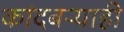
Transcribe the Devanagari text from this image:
कांदबऱ्याही